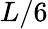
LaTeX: L/6